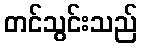
တင်သွင်းသည်